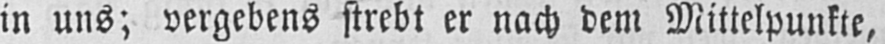
in uns; vergebens strebt er nach dem Mittelpunkte,